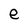
Character: e